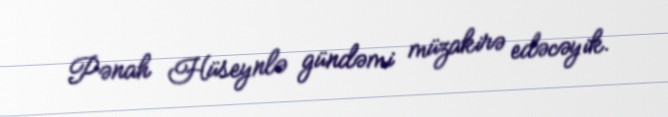
Pənah Hüseynlə gündəmi müzakirə edəcəyik.